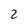
Character: 2